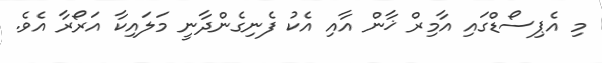
މި އެޕިސޯޑްގައި އާމިރް ޚާން އާއި އެކު ފެނިގެންދާނީ މަލައިކާ އަރޯރާ އެވެ.